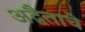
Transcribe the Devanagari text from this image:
अद्वैताचे